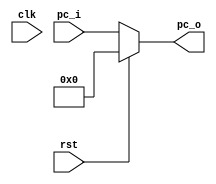
`timescale 1ns/1ns
//Program counter
module PC (

    input               clk,
    input               rst,                //reset signal high value
    input      [31:0]   pc_i,
    output reg [31:0]   pc_o

);

    initial begin
        pc_o = 0;
    end

    always@ (*) begin 
        if(rst == 1'b1) 
            pc_o <= 32'b0;
        else 
            pc_o <= pc_i; 

    end
endmodule